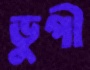
ডুগী